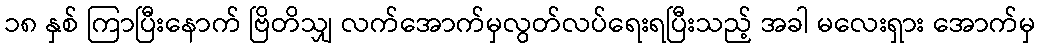
၁၈ နှစ် ကြာပြီးနောက် ဗြိတိသျှ လက်အောက်မှလွတ်လပ်ရေးရပြီးသည့် အခါ မလေးရှား အောက်မှ